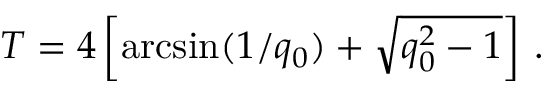
T = 4 \left[ \arcsin ( 1 / q _ { 0 } ) + \sqrt { q _ { 0 } ^ { 2 } - 1 } \right] \, .